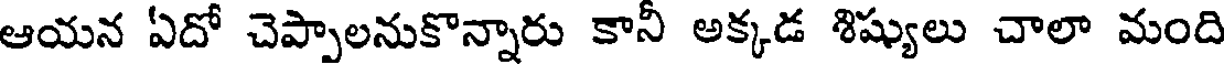
ఆయన ఏదో చెప్పాలనుకొన్నారు కానీ అక్కడ శిష్యులు చాలా మంది